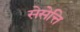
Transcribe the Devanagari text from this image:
सेसेत्ति